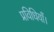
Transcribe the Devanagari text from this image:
प्रविधियाँ।